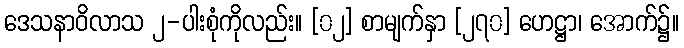
ဒေသနာဝိလာသ ၂-ပါးစုံကိုလည်း။ [၀၂] စာမျက်နှာ [၂၇၀] ဟေဋ္ဌာ၊ အောက်၌။